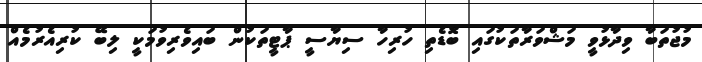
މުޖުތަބާ ވިދާޅުވީ މަޝްވަރާތަކުގައި ބޮޑެތި ހުރިހާ ސިޔާސީ ޕާޓީތަކުން ބައިވެރިވުމަކީ ލިބޭ ކުރިއެރުމެއް